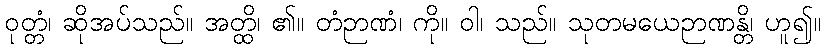
ဝုတ္တံ၊ ဆိုအပ်သည်။ အတ္ထိ၊ ၏။ တံဉာဏံ၊ ကို။ ဝါ၊ သည်။ သုတမယေဉာဏန္တိ၊ ဟူ၍။